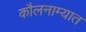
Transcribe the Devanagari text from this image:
कौलनाम्यात